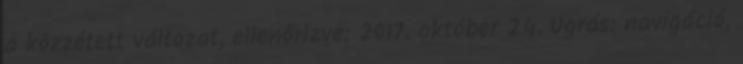
a közzétett változat, ellenőrizve: 2017. október 24. Ugrás: navigáció,